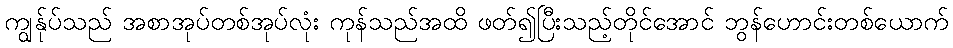
ကျွန်ုပ်သည် အစာအုပ်တစ်အုပ်လုံး ကုန်သည်အထိ ဖတ်၍ပြီးသည့်တိုင်အောင် ဘွန်ဟောင်းတစ်ယောက်